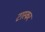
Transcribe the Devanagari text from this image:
टास्कर